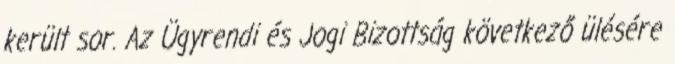
került sor. Az Ügyrendi és Jogi Bizottság következő ülésére